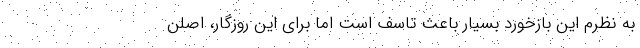
به نظرم این بازخورد بسیار باعث تاسف است اما برای این روزگار، اصلن